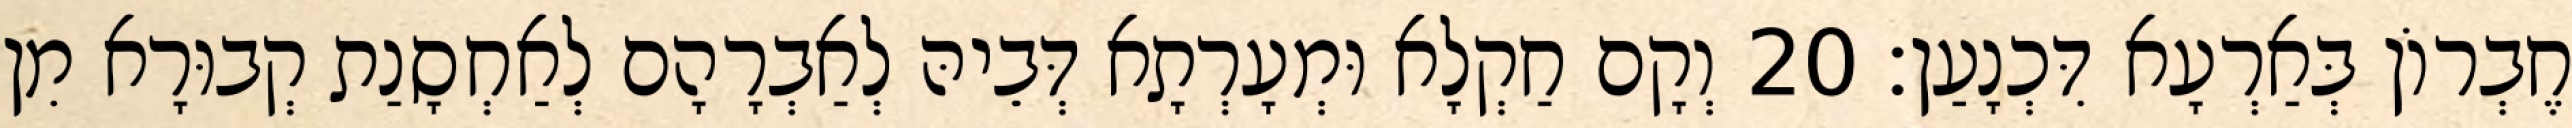
חֶבְרוֹן בְּאַרְעָא דִּכְנָעַן׃ 20 וְקָם חַקְלָא וּמְעָרְתָא דְּבֵיהּ לְאַבְרָהָם לְאַחְסָנַת קְבוּרָא מִן